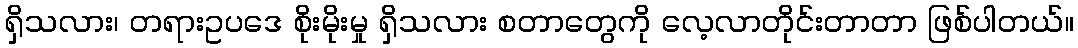
ရှိသလား၊ တရားဥပဒေ စိုးမိုးမှု ရှိသလား စတာတွေကို လေ့လာတိုင်းတာတာ ဖြစ်ပါတယ်။